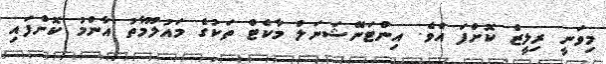
މިވަނީ ރިލީޒް ކޮށްފަ އެވެ. އިންޓަނޭޝަނަލް މާކެޓް ތަކުގެ މައުލޫމާތު އާންމު ކޮށްފައި